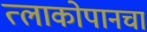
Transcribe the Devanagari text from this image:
त्लाकोपानचा